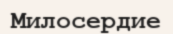
Милосердие